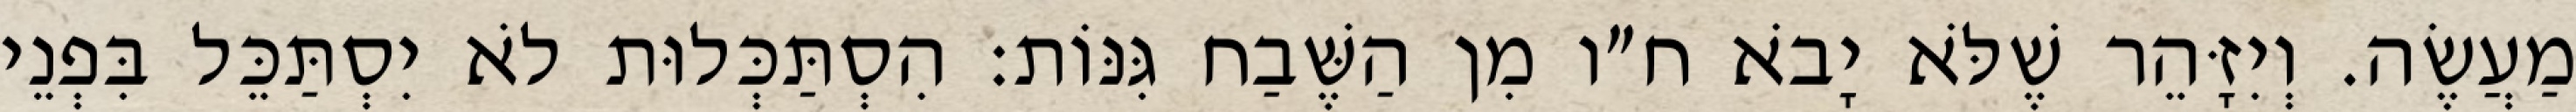
מַעֲשֶׂה. וְיִזָּהֵר שֶׁלֹּא יָבֹא ח״ו מִן הַשֶּׁבַח גִּנּוֹת: הִסְתַּכְּלוּת לֹא יִסְתַּכֵּל בִּפְנֵי